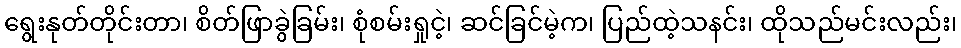
ရွေးနုတ်တိုင်းတာ၊ စိတ်ဖြာခွဲခြမ်း၊ စုံစမ်းရှုငဲ့၊ ဆင်ခြင်မဲ့က၊ ပြည်ထဲ့သနင်း၊ ထိုသည်မင်းလည်း၊